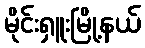
မိုင်းရှူးမြို့နယ်